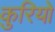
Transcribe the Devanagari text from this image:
कुरियो